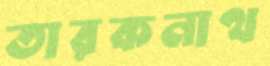
তারকনাথ